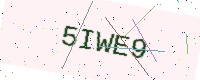
Text: 5IWE9